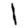
Digit: 1